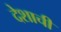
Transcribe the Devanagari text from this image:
देशाचीं